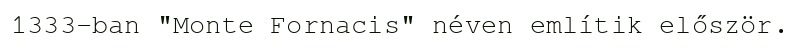
1333-ban "Monte Fornacis" néven említik először.